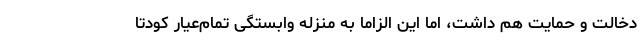
دخالت و حمایت هم داشت، اما این الزاما به منزله وابستگی تمام‌عیار کودتا